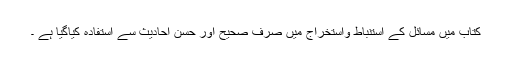
کتاب میں مسائل کے استنباط واستخراج میں صرف صحیح اور حسن احادیث سے استفادہ کیاگیا ہے ۔